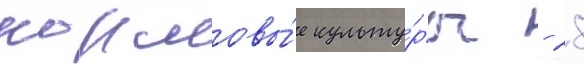
кормовы́е культу́ры - 28